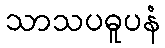
သာသပဓူပနံ